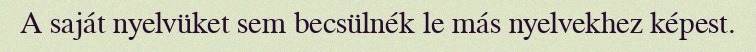
A saját nyelvüket sem becsülnék le más nyelvekhez képest.